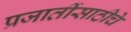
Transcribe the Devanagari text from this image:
प्रजातींसाठीचे